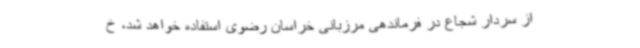
از سردار شجاع در فرماندهی مرزبانی خراسان رضوی استفاده خواهد شد، خ